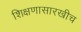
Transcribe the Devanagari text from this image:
शिक्षणासारखीच